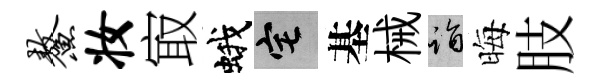
鳌妆㝡蛾宅基械诣晦肢